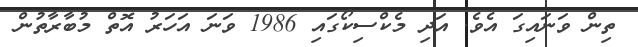
ތިން ވަނައިގަ އެވެ. އަދި މެކްސިކޯގައި 1986 ވަނަ އަހަރު އޮތް މުބާރާތުން